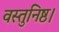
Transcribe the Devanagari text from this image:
वस्तुनिष्ठ।